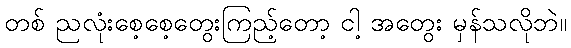
တစ် ညလုံးစေ့စေ့တွေးကြည့်တော့ ငါ့ အတွေး မှန်သလိုဘဲ။